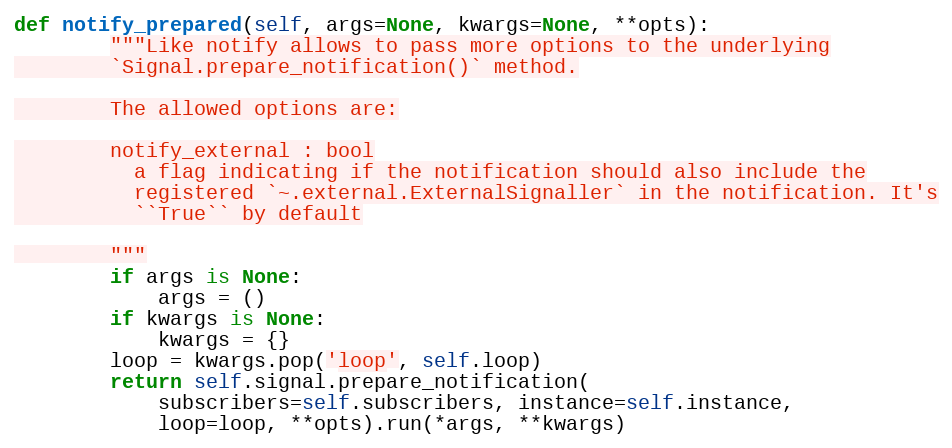
Language: Python
def notify_prepared(self, args=None, kwargs=None, **opts):
        """Like notify allows to pass more options to the underlying
        `Signal.prepare_notification()` method.

        The allowed options are:

        notify_external : bool
          a flag indicating if the notification should also include the
          registered `~.external.ExternalSignaller` in the notification. It's
          ``True`` by default

        """
        if args is None:
            args = ()
        if kwargs is None:
            kwargs = {}
        loop = kwargs.pop('loop', self.loop)
        return self.signal.prepare_notification(
            subscribers=self.subscribers, instance=self.instance,
            loop=loop, **opts).run(*args, **kwargs)